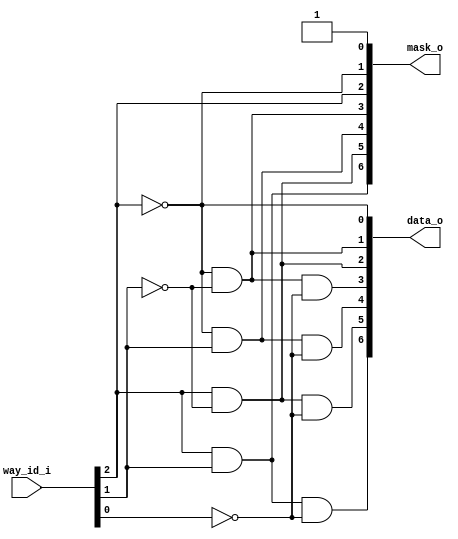
// This program was cloned from: https://github.com/NYU-MLDA/OpenABC
// License: BSD 3-Clause "New" or "Revised" License

module bsg_lru_pseudo_tree_decode_ways_p8
(
  way_id_i,
  data_o,
  mask_o
);

  input [2:0] way_id_i;
  output [6:0] data_o;
  output [6:0] mask_o;
  wire [6:0] data_o,mask_o;
  wire N0,N1,N2;
  assign mask_o[0] = 1'b1;
  assign data_o[0] = 1'b1 & N0;
  assign N0 = ~way_id_i[2];
  assign mask_o[1] = 1'b1 & N0;
  assign data_o[1] = mask_o[1] & N1;
  assign N1 = ~way_id_i[1];
  assign mask_o[2] = 1'b1 & way_id_i[2];
  assign data_o[2] = mask_o[2] & N1;
  assign mask_o[3] = mask_o[1] & N1;
  assign data_o[3] = mask_o[3] & N2;
  assign N2 = ~way_id_i[0];
  assign mask_o[4] = mask_o[1] & way_id_i[1];
  assign data_o[4] = mask_o[4] & N2;
  assign mask_o[5] = mask_o[2] & N1;
  assign data_o[5] = mask_o[5] & N2;
  assign mask_o[6] = mask_o[2] & way_id_i[1];
  assign data_o[6] = mask_o[6] & N2;

endmodule